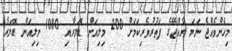
މިހެންވެއްޖެ ނަމަ ރާއްޖޭގެ ފަތުރުވެރިކަމަށް 200 މިލިއަން ޑޮލަރާއި 1080 މިލިއަން ޑޮލަރާ